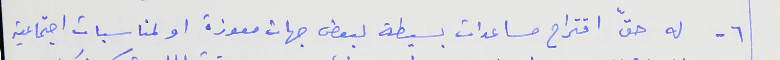
٦- له حقّ اقتراح مساعدات بسيطة لبعض جهات معوزة او لمناسبات اجتماعية